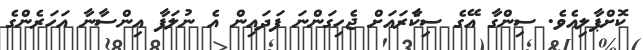
ކޮށްޕާލިއެވެ. ސިންގާ އޭގެ ސިކާެރައަށް ޖެހިގަންނަ ފަދައިން އެ ނުލަފާ އިންސާނާ އަހަރެންގެ